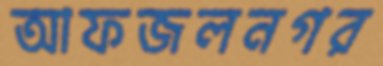
আফজলনগর